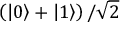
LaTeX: \left( \left| 0 \right\rangle + \left| 1 \right\rangle \right) / { \sqrt { 2 } }